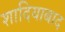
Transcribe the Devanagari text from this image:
शादियाबाद